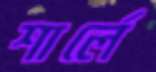
শার্লে